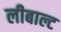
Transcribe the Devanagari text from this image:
लीबाल्ट